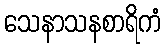
သေနာသနစာရိကံ